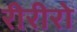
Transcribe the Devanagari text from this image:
रीरीरो